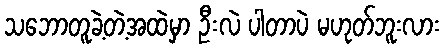
သဘောတူခဲ့တဲ့အထဲမှာ ဦးလဲ ပါတာပဲ မဟုတ်ဘူးလား